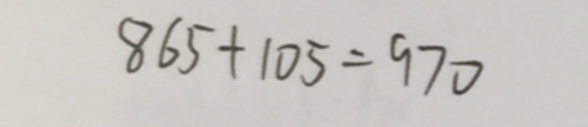
8 6 5 + 1 0 5 = 9 7 0